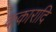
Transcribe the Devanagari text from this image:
ककारादि